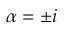
\alpha = \pm i